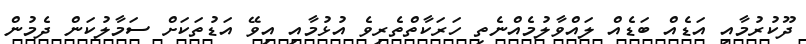
ދޫކުރުމާއި އަޑެއް ބަޑެއް ލައްވާލުމެއްނެތި ހަރަކާތްތެރިވެ އުޅުމާއި އިވޭ އަޑުތަކަށް ސަމާލުކަން ދެމުން